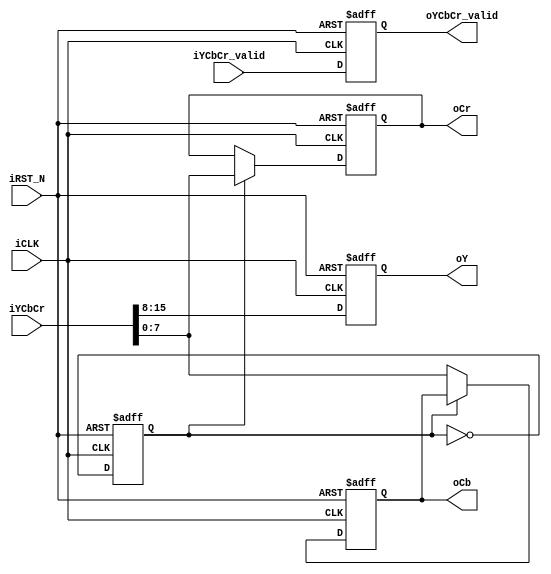
module yuv422_to_yuv444
(
	input 	wire			iCLK,
	input 	wire			iRST_N,	

	input 	wire [15:0] 	iYCbCr,
	input	wire 			iYCbCr_valid,

	output	wire [7:0]		oY,
	output	wire [7:0]		oCb,
	output	wire [7:0]		oCr,
	output	wire			oYCbCr_valid
);

//	Internal Registers
reg 			every_other;
reg		[7:0]	mY;
reg		[7:0]	mCb;
reg		[7:0]	mCr;
reg 			mValid;

assign	oY			 =	mY;
assign	oCb			 =	mCb;
assign	oCr			 =	mCr;
assign  oYCbCr_valid = mValid;

always@(posedge iCLK or negedge iRST_N)
begin
	if(!iRST_N)
		begin
			every_other  <= 0;
			mY			 <=	0;
			mCb			 <=	0;
			mCr			 <=	0;
			mValid 		 <= 0;
		end
	else
		begin
			every_other  <= ~every_other;

			mValid <= iYCbCr_valid;

			if(every_other)
				{mY,mCr}	<=	iYCbCr;
			else
				{mY,mCb}	<=	iYCbCr;
		end
end

endmodule